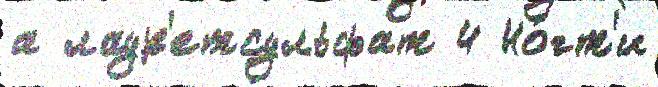
а лаур'етсульфат 4 Но́гт'и